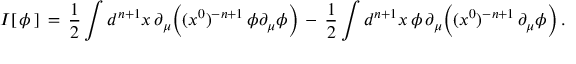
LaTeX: I [ \, \phi \, ] \, = \, { \frac { 1 } { 2 } } \int d ^ { n + 1 } x \, \partial _ { \mu } \Big ( ( x ^ { 0 } ) ^ { - n + 1 } \, \phi \partial _ { \mu } \phi \Big ) \, - \, { \frac { 1 } { 2 } } \int d ^ { n + 1 } x \, \phi \, \partial _ { \mu } \Big ( ( x ^ { 0 } ) ^ { - n + 1 } \, \partial _ { \mu } \phi \Big ) \, .